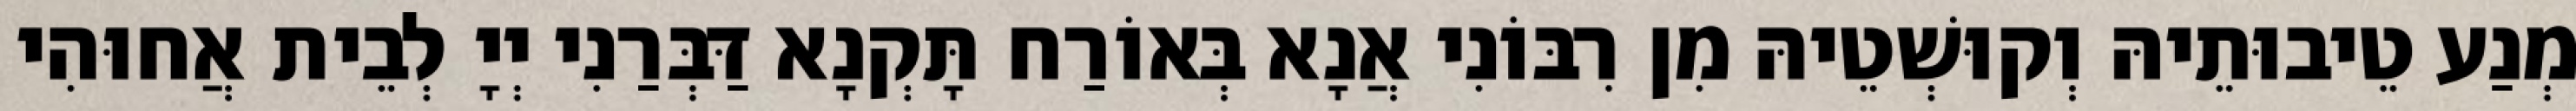
מְנַע טֵיבוּתֵיהּ וְקוּשְׁטֵיהּ מִן רִבּוֹנִי אֲנָא בְּאוֹרַח תָּקְנָא דַּבְּרַנִי יְיָ לְבֵית אֲחוּהִי